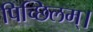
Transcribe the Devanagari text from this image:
पिच्छिलम्।